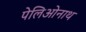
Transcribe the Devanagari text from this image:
पेलिओनाथ